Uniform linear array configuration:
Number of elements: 32
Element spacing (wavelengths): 0.5
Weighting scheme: binomial
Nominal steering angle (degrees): -30
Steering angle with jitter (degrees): -31.695
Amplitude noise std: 0.05
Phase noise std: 0.05

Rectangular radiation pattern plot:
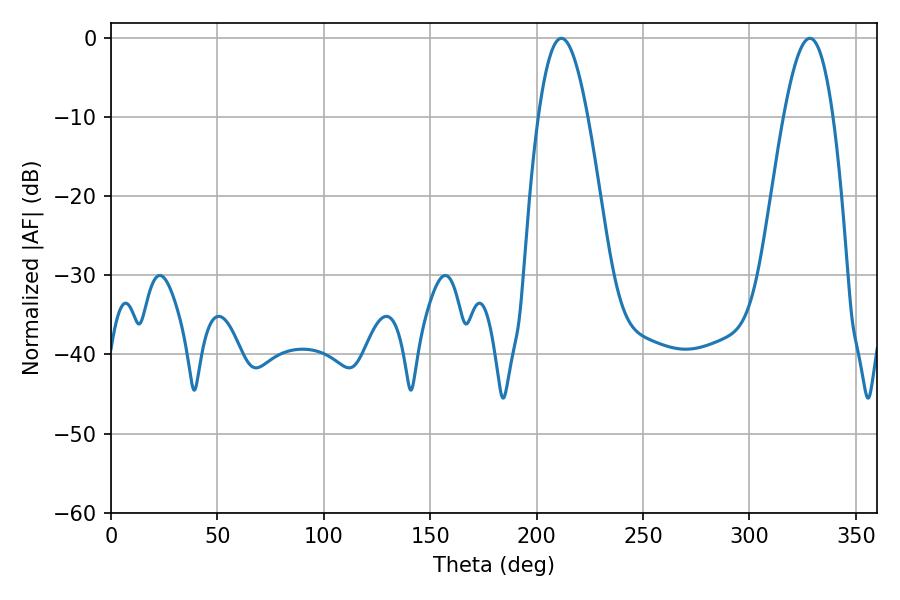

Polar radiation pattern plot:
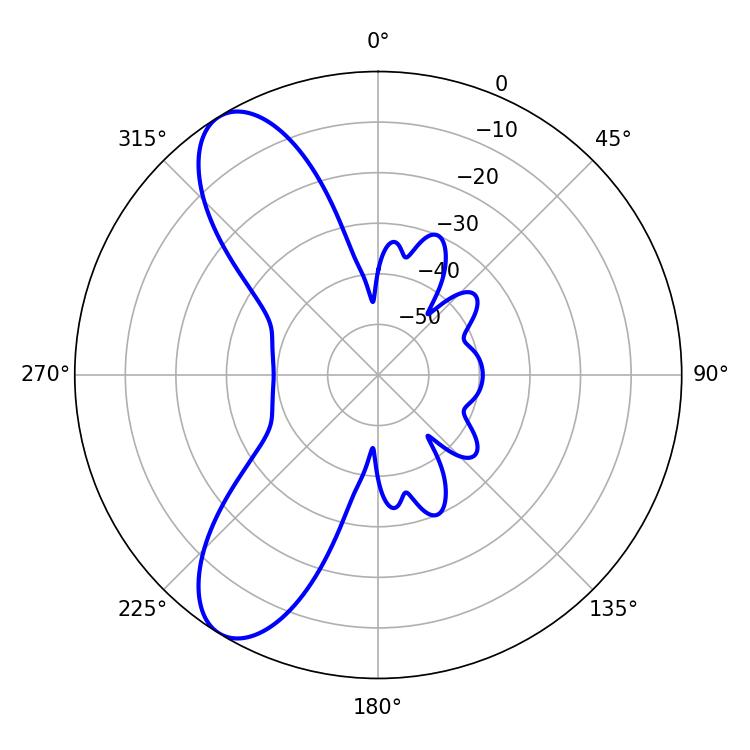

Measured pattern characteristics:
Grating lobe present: FALSE
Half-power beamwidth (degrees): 12.6
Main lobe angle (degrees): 211.68